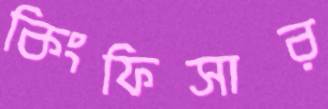
কিংফিসার